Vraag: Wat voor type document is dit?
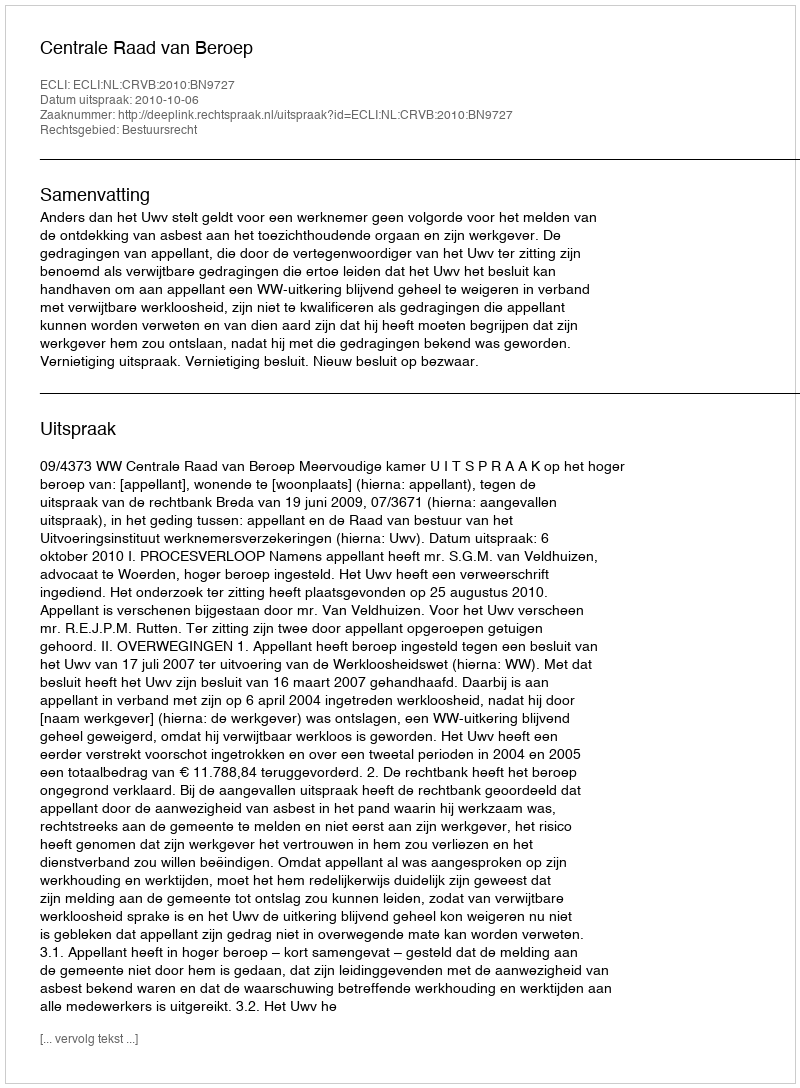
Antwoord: Uitspraak